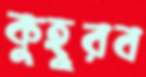
কুহূরব